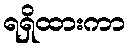
ရရှိထားကာ